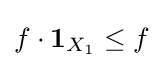
f\cdot {\mathbf {1} }_{X_{1}}\leq f